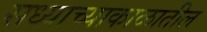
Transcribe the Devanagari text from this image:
सध्याच्याकाळातील